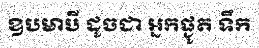
ឧបមាបី ដូចជា អ្នកផ្ងូត ទឹក